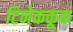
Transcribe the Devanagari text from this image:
टिनेककूक